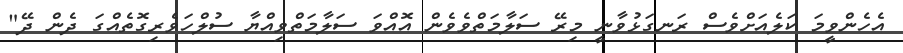
އެހެންވީމަ ކަލެއަށްވެސް ރަނގަޅުވާނީ މިރޭ ސަލާމަތްވެވެން އޮއްވަ ސަލާމަތްވިއްޔާ ސުލްހަވެރިގޮތެއްގަ ދެން ދޭ"